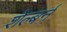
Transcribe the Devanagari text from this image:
शेल्बर्न